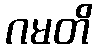
ဂမတိ